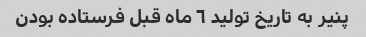
پنیر به تاریخ تولید ٦ ماه قبل فرستاده بودن